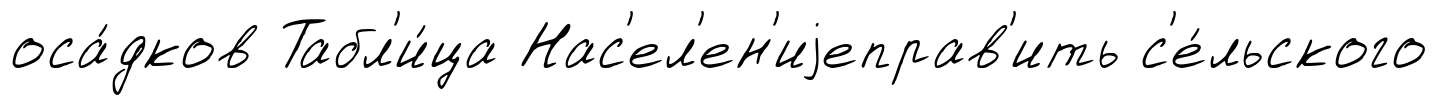
оса́дков Табл'и́ца Нас'ел'ен'иjеправ'ить с'е́льского